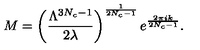
M = \left( \frac { \Lambda ^ { 3 N _ { c } - 1 } } { 2 \lambda } \right) ^ { \frac { 1 } { 2 N _ { c } - 1 } } e ^ { \frac { 2 \pi i k } { 2 N _ { c } - 1 } } .